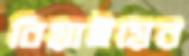
বিয়াইয়ের